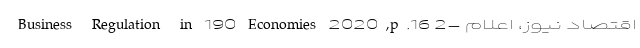
Business Regulation in 190 Economies 2020,p.16 2- اقتصاد نیوز، اعلام